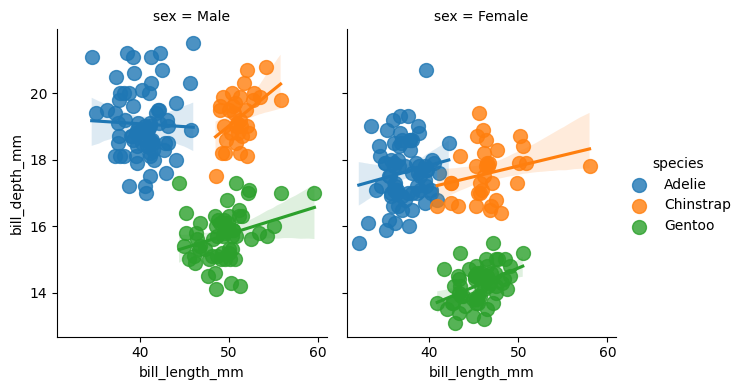
python, seaborn, lmplot, aspect=0.8, order=1, markers='o'